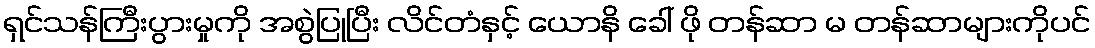
ရှင်သန်ကြီးပွားမှုကို အစွဲပြုပြီး လိင်တံနှင့် ယောနိ ခေါ် ဖို တန်ဆာ မ တန်ဆာများကိုပင်